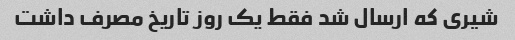
شیری که ارسال شد فقط یک روز تاریخ مصرف داشت